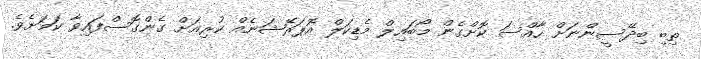
ތިބި ބިދޭސީންނަށް ހާއްސަ ކޮށްގެން މޯބައިލް މެޑިކަލް އޮޕަރޭޝަނެއް ކުރިއަށް ގެންގޮސްފައިވާ ކަމަށެވެ.